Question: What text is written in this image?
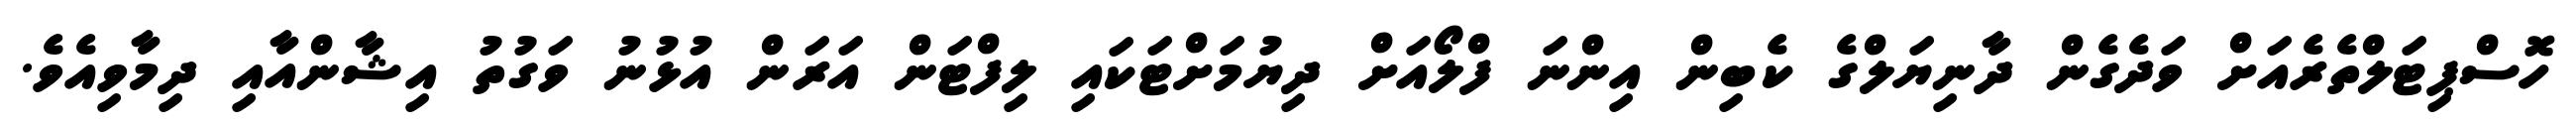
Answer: ހޮސްޕިޓަލްތެރެއަށް ވަދެގެން ދާނިޔަލްގެ ކެބިން އިންނަ ފްލޯއަށް ދިޔުމަށްޓަކައި ލިފްޓަން އަރަން އުޅުނު ވަގުތު އިޝާންއާއި ދިމާވިއެވެ.